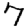
Digit: 7